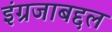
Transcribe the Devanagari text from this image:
इंग्रजाबद्दल